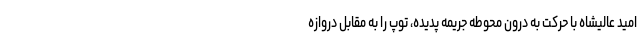
امید عالیشاه با حرکت به درون محوطه جریمه پدیده، توپ را به مقابل دروازه